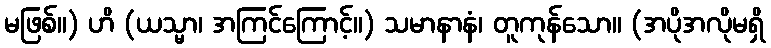
မဖြစ်။) ဟိ (ယသ္မာ၊ အကြင်ကြောင့်။) သမာနာနံ၊ တူကုန်သော။ (အပိုအလိုမရှိ